Report of the Indian Hemp Drugs Commission, 1894-1895 - Volume I
Year: 1894
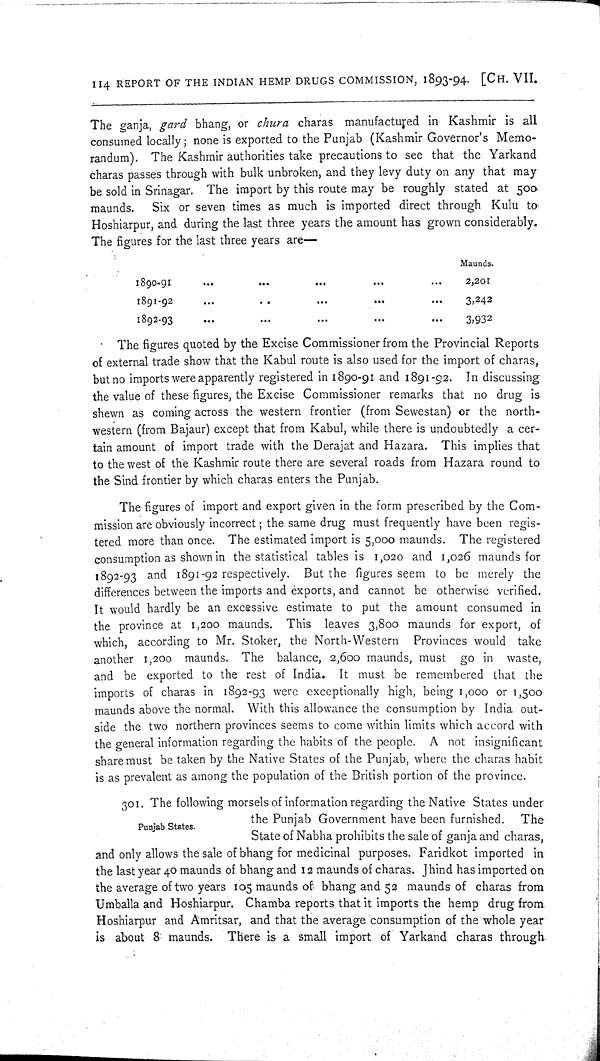
114 REPORT OF THE INDIAN HEMP DRUGS COMMISSION, 1893-94. [CH. VII.
The ganja, gard bhang, or chura charas manufactured in Kashmir is all
consumed locally; none is exported to the Punjab (Kashmir Governor's Memo-
randum). The Kashmir authorities take precautions to see that the Yarkand
charas passes through with bulk unbroken, and they levy duty on any that may
be sold in Srinagar. The import by this route may be roughly stated at 500.
maunds.
Six or seven times as much is imported direct through Kulu to
Hoshiarpur, and during the last three years the amount has grown considerably.
The figures for the last three years are—
Maunds.
1890-91
2,201
1891-92
3,242
1892-93
3,932
The figures quoted by the Excise Commissioner from the Provincial Reports
of external trade show that the Kabul route is also used for the import of charas,
but no imports were apparently registered in 1890-91 and 1891-92. In discussing
the value of these figures, the Excise Commissioner remarks that no drug is
shewn as coming across the western frontier (from Sewestan) or the north-
western (from Bajaur) except that from Kabul, while there is undoubtedly a cer-
tain amount of import trade with the Derajat and Hazara. This implies that
to the west of the Kashmir route there are several roads from Hazara round to
the Sind frontier by which charas enters the Punjab.
The figures of import and export given in the form prescribed by the Com-
mission are obviously incorrect; the same drug must frequently have been regis-
tered more than once. The estimated import is 5,000 maunds. The registered
consumption as shown in the statistical tables is 1,020 and 1,026 maunds for
1892-93 and 1891-92 respectively. But the figures seem to be merely the
differences between the imports and exports, and cannot be otherwise verified.
It would hardly be an excessive estimate to put the amount consumed in
the province at 1,200 maunds. This leaves 3,800 maunds for export, of
which, according to Mr. Stoker, the North-Western Provinces would take
another 1,200 maunds. The balance, 2,600 maunds, must go in waste,
and be exported to the rest of India. It must be remembered that the
imports of charas in 1892-93 were exceptionally high, being 1,000 or 1,500
maunds above the normal. With this allowance the consumption by India out-
side the two northern provinces seems to come within limits which accord with
the general information regarding the habits of the people. A not insignificant
share must be taken by the Native States of the Punjab, where the charas habit
is as prevalent as among the population of the British portion of the province.
Punjab States.
301. The following morsels of information regarding the Native States under
the Punjab Government have been furnished. The
State of Nabha prohibits the sale of ganja and charas,
and only allows the sale of bhang for medicinal purposes. Faridkot imported in
the last year 40 maunds of bhang and 12 maunds of charas. Jhind has imported on
the average of two years 105 maunds of bhang and 52 maunds of charas from
Umballa and Hoshiarpur. Chamba reports that it imports the hemp drug from
Hoshiarpur and Amritsar, and that the average consumption of the whole year
is about 8 maunds. There is a small import of Yarkand charas through